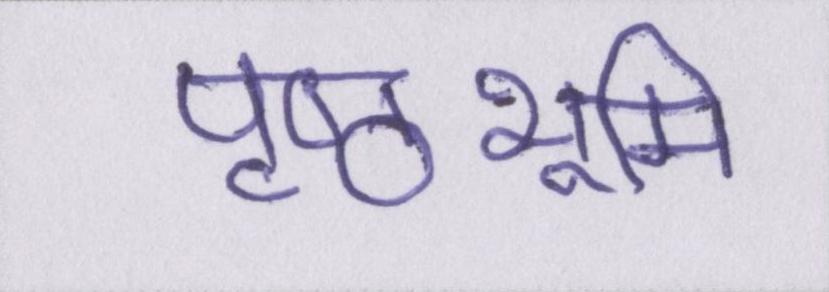
पृष्ठभूमि